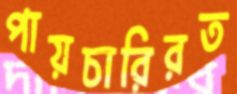
পায়চারিরত